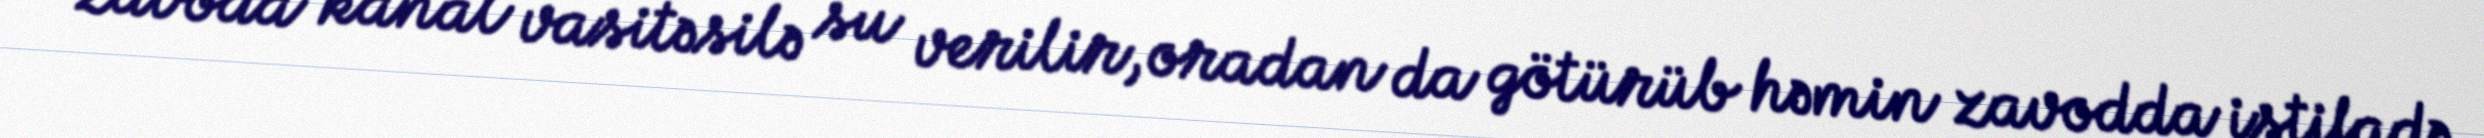
zavoda kanal vasitəsilə su verilir, oradan da götürüb həmin zavodda istifadə